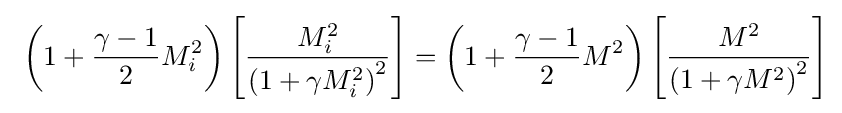
\ \left(1+{\frac {\gamma -1}{2}}M_{i}^{2}\right)\left[{\frac {M_{i}^{2}}{\left(1+\gamma M_{i}^{2}\right)^{2}}}\right]=\left(1+{\frac {\gamma -1}{2}}M^{2}\right)\left[{\frac {M^{2}}{\left(1+\gamma M^{2}\right)^{2}}}\right]